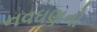
નવઘણનો